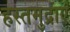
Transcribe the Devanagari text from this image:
हस्तमुद्राएं